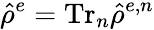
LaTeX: \hat{\rho}^{e}=\mathrm{Tr}_{n}\hat{\rho}^{e,n}